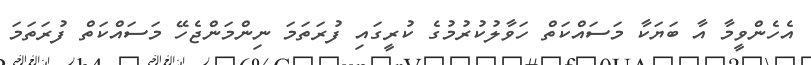
އެހެންވީމާ އާ ބަޔަކާ މަސައްކަތް ހަވާލުކުރުމުގެ ކުރީގައި ފުރަތަމަ ނިންމަންޖެހޭ މަސައްކަތް ފުރަތަމަ